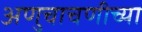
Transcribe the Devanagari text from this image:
अणुचाचणीच्या